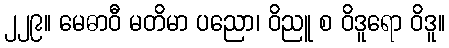
၂၂၉။ မေဓာဝီ မတိမာ ပညော၊ ဝိညူ စ ဝိဒူရော ဝိဒူ။